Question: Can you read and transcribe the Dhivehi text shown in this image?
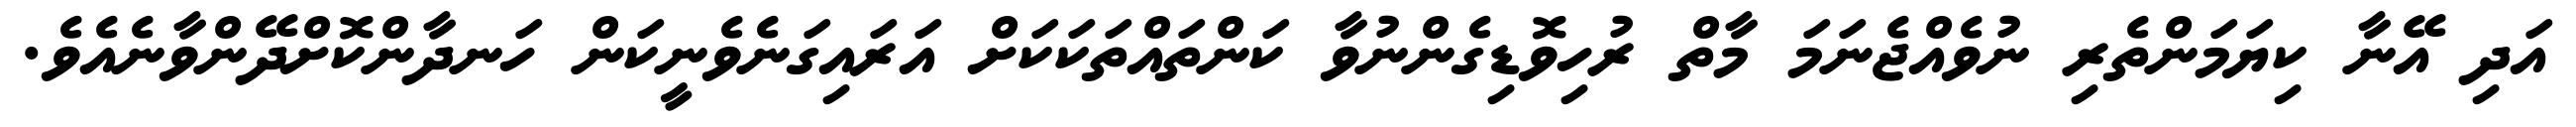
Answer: އަދި އޭނާ ކިޔަމަންތެރި ނުވެއްޖެނަމަ މާތް ރުހިވޮޑިގެންނުވާ ކަންތައްތަކަކަށް އަރައިގަނެވެނީކަން ހަނދާންކޮށްދޭންވާނެއެވެ.